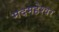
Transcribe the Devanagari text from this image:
मदमहेश्वर